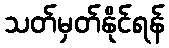
သတ်မှတ်နိုင်ရန်